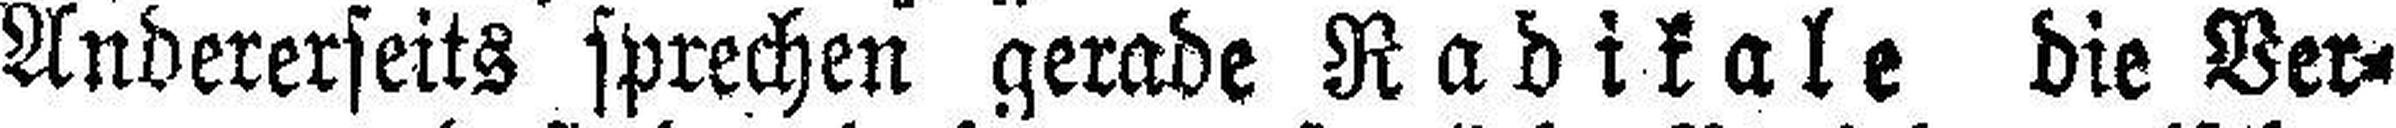
Andererseits sprechen gerade Radikale die Ver¬